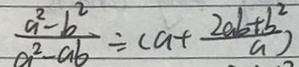
\frac { a ^ { 2 } - b ^ { 2 } } { a ^ { 2 } - a b } \div ( a + \frac { 2 a b + b ^ { 2 } } { a } )